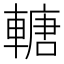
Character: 𨍴